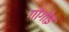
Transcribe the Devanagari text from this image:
गोगोइ